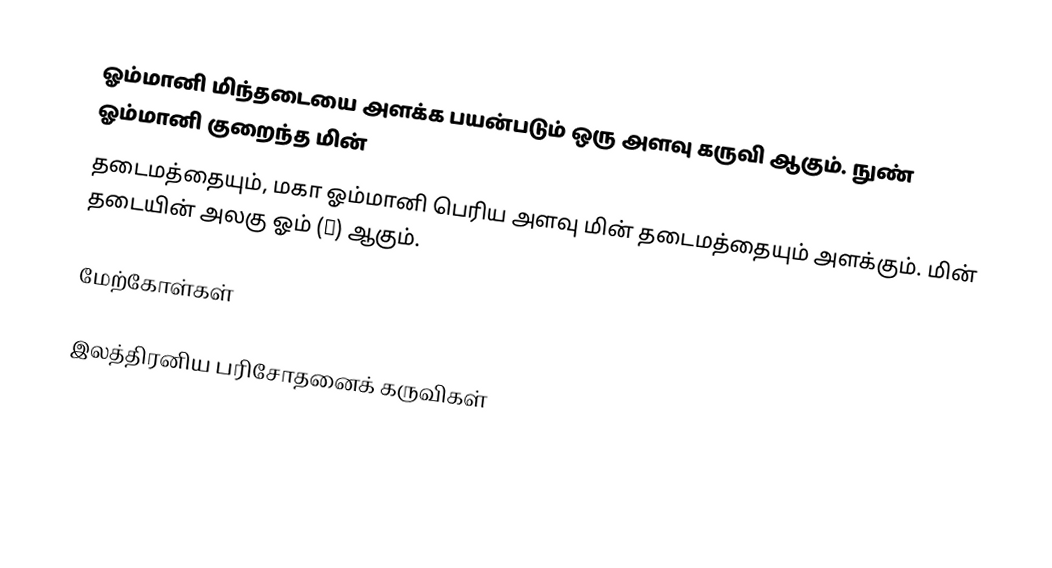
ஓம்மானி மிந்தடையை அளக்க பயன்படும் ஒரு அளவு கருவி ஆகும்.  நுண் ஓம்மானி குறைந்த மின்
தடைமத்தையும், மகா ஓம்மானி பெரிய அளவு மின் தடைமத்தையும் அளக்கும்.  மின் தடையின் அலகு ஓம் (Ω) ஆகும்.

மேற்கோள்கள்

இலத்திரனிய பரிசோதனைக் கருவிகள்